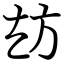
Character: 𭤪